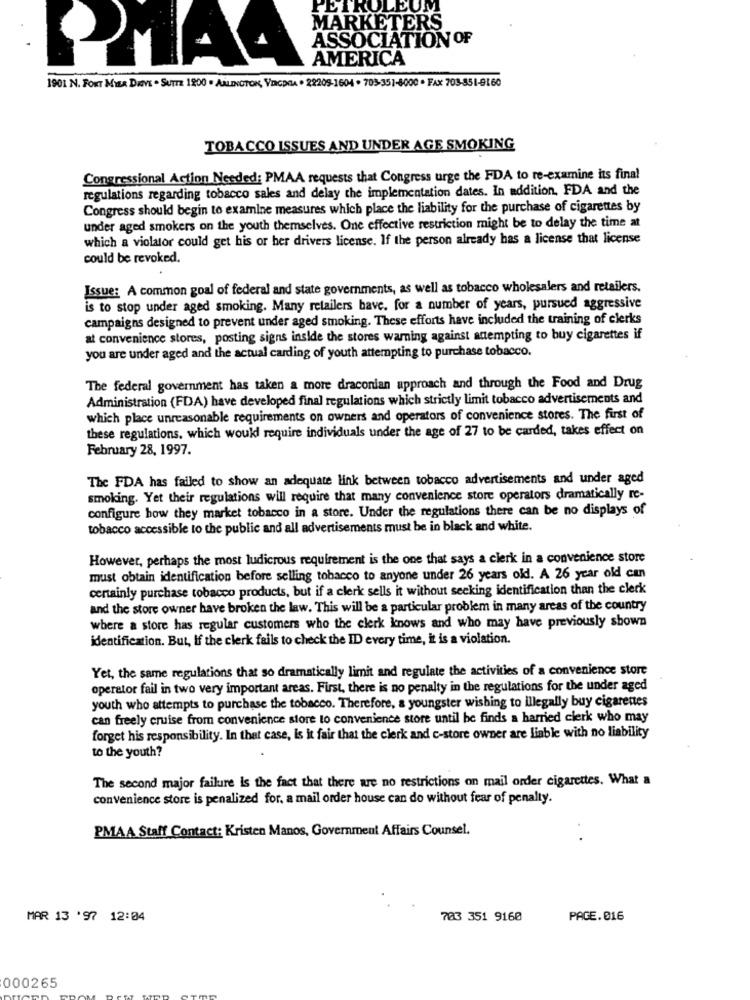
PETROLEUM
MARKETERS
ASSOCIATION OF
RIAA
AMERICA
1901 N. FORT MILA DAVE . SUITE 1900 . ARLINGTON, VINGDRA . 22209-1604 . 703-351-8000 · FAX 703-551-9160
TOBACCO ISSUES AND UNDER AGE SMOKING
Congressional Action Needed: PMAA requests that Congress urge the FDA to re-examine its final
regulations regarding tobacco sales and delay the implementation dates. In addition, FDA and the
Congress should begin to examine measures which place the liability for the purchase of cigarettes by
under aged smokers on the youth themselves. One effective restriction might be to delay the time at
which a violator could get his or her drivers license. If the person already has a license that license
could be revoked.
Issue: A common goal of federal and state governments, as well as tobacco wholesalers and retailers.
is to stop under aged smoking. Many retailers bave. for a number of years, pursued aggressive
campaigns designed to prevent under aged smoking. These efforts have included the training of clerks
at convenience stores, posting signs inside the stores warning against attempting to buy cigarettes if
you are under aged and the actual carding of youth attempting to purchase tobacco.
The federal government has taken a more draconian approach and through the Food and Drug
Administration (FDA) have developed final regulations which strictly limit tobacco advertisements and
which place unreasonable requirements on owners and operators of convenience stores. The first of
these regulations, which would require individuals under the age of 27 to be carded, takes effect on
February 28, 1997.
The FDA has failed to show an adequate link between tobacco advertisements and under aged
smoking. Yet their regulations will require that many convenience store operators dramatically re-
configure how they market tobacco in a store. Under the regulations there can be no displays of
tobacco accessible to the public and all advertisements must be in black and white.
However, perhaps the most ludicrous requirement is the one that says a clerk in a convenience store
must obtain identification before selling tobacco to anyone under 26 years old. A 26 year old can
certainly purchase tobacco products, but if a clerk sells it without seeking identification than the clerk
and the store owner have broken the law. This will be a particular problem in many areas of the country
where a store has regular customers who the clerk knows and who may have previously shown
identification. But, If the clerk fails to check the ID every time, it is a violation.
Yet, the same regulations that so dramatically limit and regulate the activities of a convenience store
operator fail in two very important areas. First, there is no penalty in the regulations for the under aged
youth who attempts to purchase the tobacco. Therefore, a youngster wishing to illegally buy cigarettes
can freely cruise from convenience store to convenience store until he finds a harried clerk who may
forget his responsibility. In that case, Is it fair that the clerk and c-store owner are liable with no liability
to the youth?
The second major failure Is the fact that there are no restrictions on mail order cigarettes. What a
convenience store is penalized for, a mail order house can do without fear of penalty.
PMAA Staff Contact: Kristen Manos, Government Affairs Counsel.
MAR 13 '97 12:04
703 351 9160
PAGE.016
000265